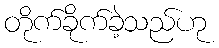
တိုက်ခိုက်ခဲ့သည်ဟု